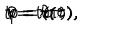
LaTeX: t = t ( \tau ) , \hspace { 0 . 3 c m } r = r ( \tau ) , \hspace { 0 . 3 c m } \theta = \theta ( \tau ) , \hspace { 0 . 3 c m } \varphi = \sigma .